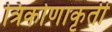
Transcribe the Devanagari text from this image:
त्रिकोणाकृती